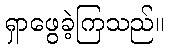
ရှာဖွေခဲ့ကြသည်။